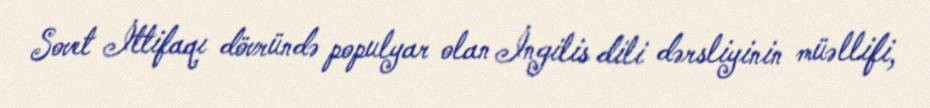
Sovet İttifaqı dövründə populyar olan İngilis dili dərsliyinin müəllifi,